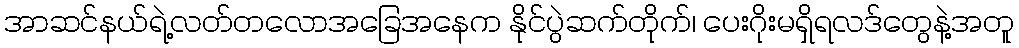
အာဆင်နယ်ရဲ့လတ်တလောအခြေအနေက နိုင်ပွဲဆက်တိုက်၊ ပေးဂိုးမရှိရလဒ်တွေနဲ့အတူ